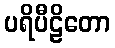
ပရိပီဠိတော